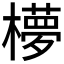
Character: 𬄺